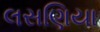
લસણિયા